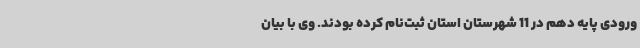
ورودی پایه دهم در 11 شهرستان استان ثبت‌نام کرده بودند. وی با بیان